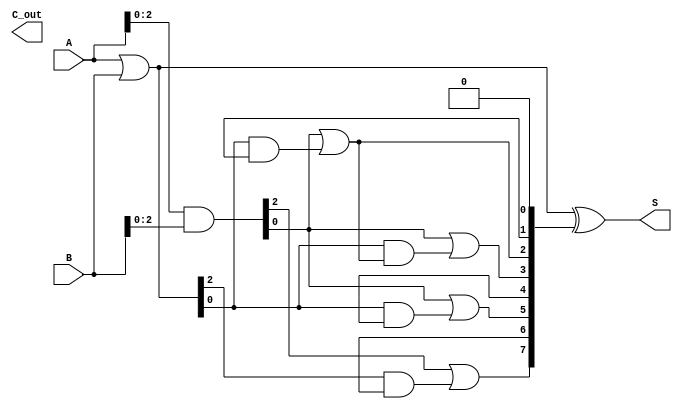
module brent_kung_adder #(
    parameter n = 8 // Width of input numbers
)(
    input [n-1:0] A,
    input [n-1:0] B,
    output [n-1:0] S,
    output C_out
);

    wire [n-1:0] G; // Generate signals
    wire [n-1:0] P; // Propagate signals
    wire [n:0] C;   // Carry signals

    // Generate and Propagate signals
    assign G = A & B; // G[i] = A[i] & B[i]
    assign P = A | B; // P[i] = A[i] | B[i]

    // Initialize the first carry
    assign C[0] = 1'b0; // C[-1] is considered to be 0

    // Generate carry signals using Brent-Kung logic
    genvar i, k;
    generate
        // Recursive carry computation
        for (k = 0; k < n; k = k + 1) begin: carry_stage
            for (i = 0; i < (1 << k); i = i + 2) begin: pairwise_carry
                if (i+1 < (1 << (k+1))) begin
                    assign C[i + (1 << k) + 1] = G[i] | (P[i] & C[i + (1 << k)]);
                end
            end 
        end
    endgenerate

    // Sum calculation
    assign S = P ^ {C[n-1:0]}; // S[i] = P[i] ^ C[i-1]

    // Final carry out
    assign C_out = C[n];

endmodule